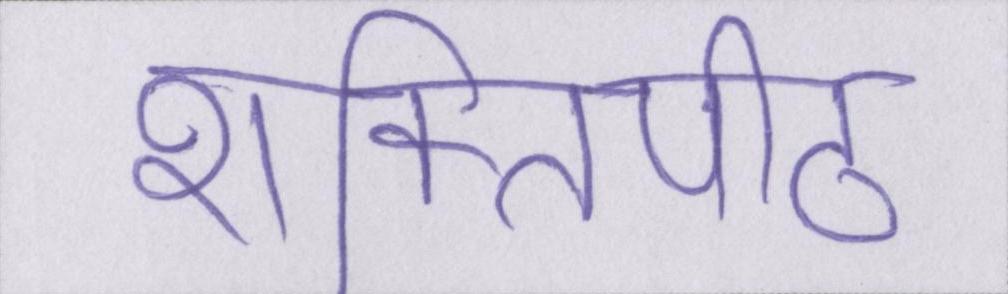
शक्तिपीठ